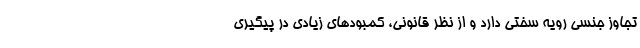
تجاوز جنسی رویه سختی دارد و از نظر قانونی، کمبودهای زیادی در پیگیری